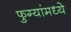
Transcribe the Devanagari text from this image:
फुग्यांमध्ये